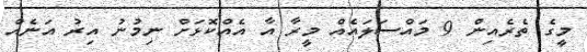
މީގެ ތެރެއިން 9 މައްސަލައެއް މީރާ އާ އެއްކޮޅަށް ނިމުނު އިރު އަނެއް